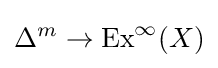
\Delta ^{m}\rightarrow \operatorname {Ex} ^{\infty }(X)